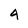
Character: 4